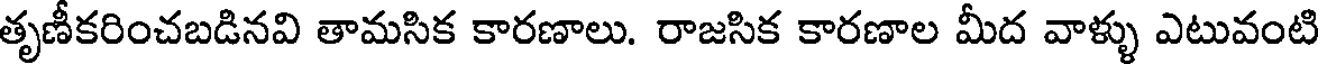
తృణీకరించబడినవి తామసిక కారణాలు. రాజసిక కారణాల మీద వాళ్ళు ఎటువంటి